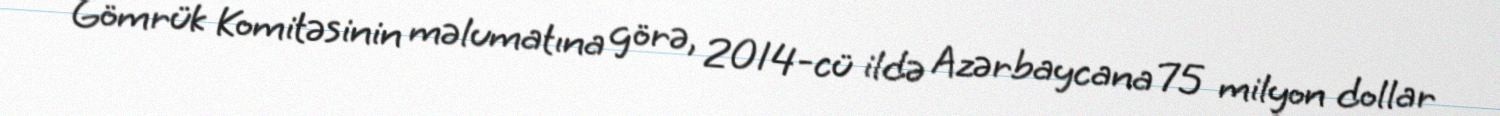
Gömrük Komitəsinin məlumatına görə, 2014-cü ildə Azərbaycana 75 milyon dollar